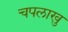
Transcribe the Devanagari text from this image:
चपलाखु